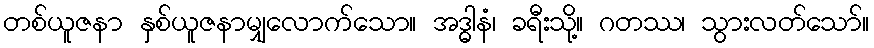
တစ်ယူဇနာ နှစ်ယူဇနာမျှလောက်သော။ အဒ္ဓါနံ၊ ခရီးသို့။ ဂတဿ၊ သွားလတ်သော်။